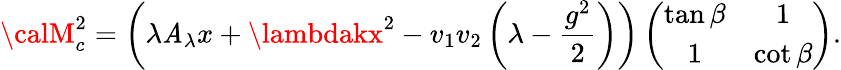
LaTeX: {\calM}_{c}^{2}=\left(\lambda\mathit{A}_{\lambda}x+\lambdakx^{2}-v_{1}v_{2}\left(\lambda-\frac{{g^{2}}}{{2}}\right)\right)\left(\begin{array}{cc}{{\tan\beta}}&{{1}}\\ {{1}}&{{\cot\beta}}\end{array}\right).